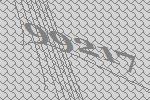
99217